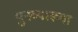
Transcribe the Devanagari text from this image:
पुनव्याख्या